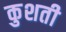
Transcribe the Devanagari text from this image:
कुशती